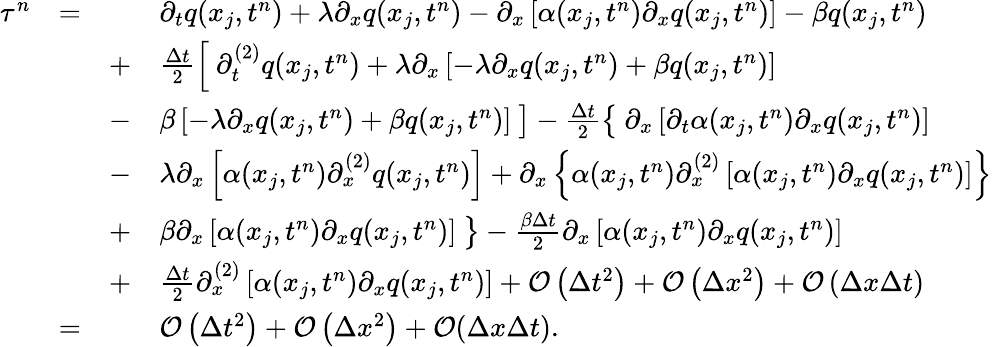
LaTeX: \begin{array}{rlrl}{\tau^{n}}&{=}&&{\partial_{t}q(x_{j},t^{n})+\lambda\partial_{x}q(x_{j},t^{n})-\partial_{x}\left[\alpha(x_{j},t^{n})\partial_{x}q(x_{j},t^{n})\right]-\beta q(x_{j},t^{n})}\\ &{}&{+}&{\frac{\Delta t}{2}\left[\phantom{\frac{b}{b}}\! \! \! \partial_{t}^{(2)}q(x_{j},t^{n})+\lambda\partial_{x}\left[-\lambda\partial_{x}q(x_{j},t^{n})+\beta q(x_{j},t^{n})\right]\right.}\\ &{}&{-}&{\left.\beta\left[-\lambda\partial_{x}q(x_{j},t^{n})+\beta q(x_{j},t^{n})\right]\phantom{\frac{b}{b}}\! \! \! \right]-\frac{\Delta t}{2}\left\lbrace\phantom{\frac{b}{b}}\! \! \! \partial_{x}\left[\partial_{t}\alpha(x_{j},t^{n})\partial_{x}q(x_{j},t^{n})\right]\right.}\\ &{}&{-}&{\left.\lambda\partial_{x}\left[\alpha(x_{j},t^{n})\partial_{x}^{(2)}q(x_{j},t^{n})\right]+\partial_{x}\left\lbrace\alpha(x_{j},t^{n})\partial_{x}^{(2)}\left[\alpha(x_{j},t^{n})\partial_{x}q(x_{j},t^{n})\right]\right\rbrace\right.}\\ &{}&{+}&{\left.\beta\partial_{x}\left[\alpha(x_{j},t^{n})\partial_{x}q(x_{j},t^{n})\right]\phantom{\frac{b}{b}}\! \! \! \right\rbrace-\frac{\beta\Delta t}{2}\partial_{x}\left[\alpha(x_{j},t^{n})\partial_{x}q(x_{j},t^{n})\right]}\\ &{}&{+}&{\frac{\Delta t}{2}\partial_{x}^{(2)}\left[\alpha(x_{j},t^{n})\partial_{x}q(x_{j},t^{n})\right]+\mathcal{O}\left(\Delta t^{2}\right)+\mathcal{O}\left(\Delta x^{2}\right)+\mathcal{O}\left(\Delta x\Delta t\right)}\\ &{=}&&{\mathcal{O}\left(\Delta t^{2}\right)+\mathcal{O}\left(\Delta x^{2}\right)+\mathcal{O}(\Delta x\Delta t).}\end{array}